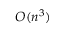
O ( n ^ { 3 } )